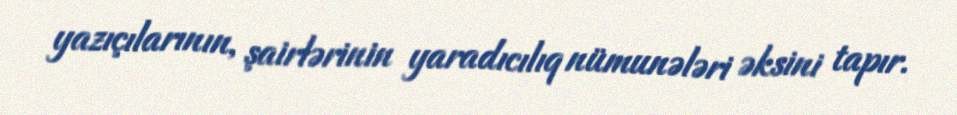
yazıçılarının, şairlərinin yaradıcılıq nümunələri əksini tapır.